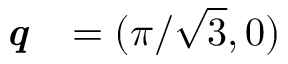
\textbf { \textit { q } } = ( \pi / \sqrt { 3 } , 0 )